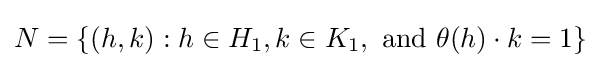
N=\{(h,k):h\in H_{1},k\in K_{1},{\text{ and }}\theta (h)\cdot k=1\}